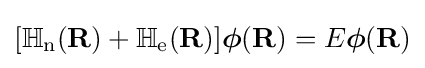
[\mathbb {H} _{\text{n}}(\mathbf {R} )+\mathbb {H} _{\text{e}}(\mathbf {R} )]{\boldsymbol {\phi }}(\mathbf {R} )=E{\boldsymbol {\phi }}(\mathbf {R} )